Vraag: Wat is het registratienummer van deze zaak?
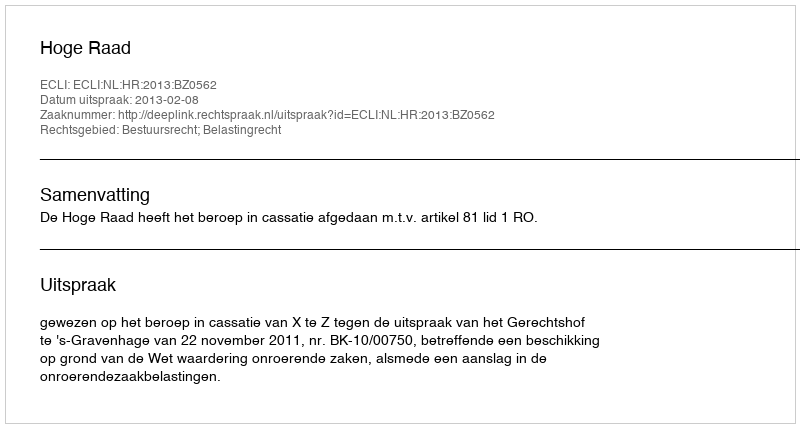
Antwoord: http://deeplink.rechtspraak.nl/uitspraak?id=ECLI:NL:HR:2013:BZ0562